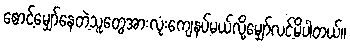
စောင့်မျှော်နေတဲ့သူတွေအားလုံးကျေနပ်မယ်လို့မျှော်လင့်မိပါတယ်။